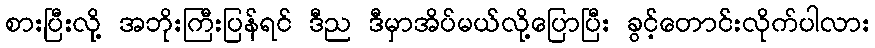
စားပြီးလို့ အဘိုးကြီးပြန်ရင် ဒီည ဒီမှာအိပ်မယ်လို့ပြောပြီး ခွင့်တောင်းလိုက်ပါလား